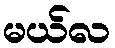
မယ်လ